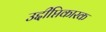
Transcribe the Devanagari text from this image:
उद्दीप्तिकारक